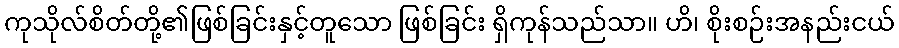
ကုသိုလ်စိတ်တို့၏ဖြစ်ခြင်းနှင့်တူသော ဖြစ်ခြင်း ရှိကုန်သည်သာ။ ဟိ၊ စိုးစဉ်းအနည်းငယ်